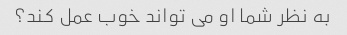
به نظر شما او می تواند خوب عمل کند؟